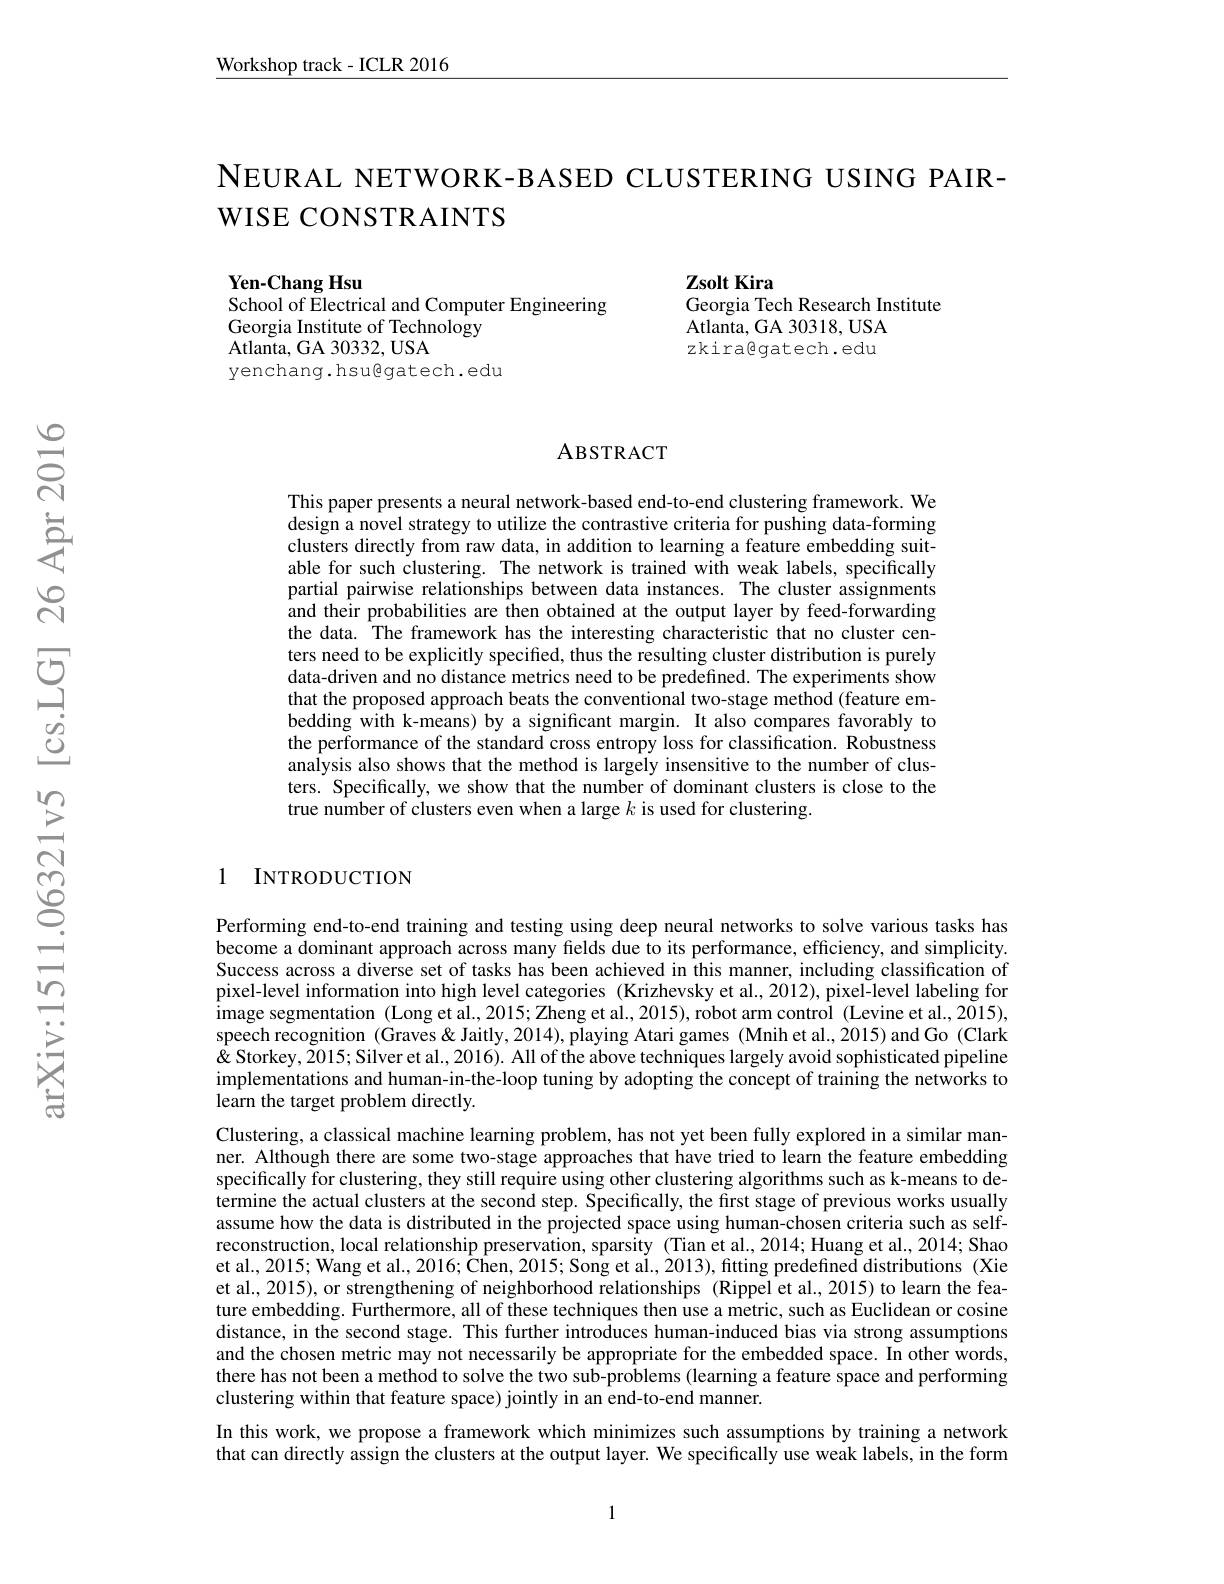
$\underline{\mathrm{Workshop~track-ICLR~2016}}$

NEURAL NETWORK-BASED CLUSTERING USING PAIR-
WISE CONSTRAINTS

Zsolt Kira
Georgia Tech Research Institute
Atlanta, GA 30318, USA zkiragatech.edu

Yen-Chang Hsu
School of Electrical and Computer Engineering
Georgia Institute of Technology
$\bar{\mathrm{Atlanta,~GA~30332,~USA}}$
yenchang. hsu@gatech. edu

# ABSTRACT

This paper presents a neural network-based end-to-end clustering framework. We design a novel strategy to utilize the contrastive criteria for pushing data-forming clusters directly from raw data, in addition to learning a feature embedding suitable for such clustering. The network is trained with weak labels, specifically partial pairwise relationships between data instances. The cluster assignments and their probabilities are then obtained at the output layer by feed-forwarding the data. The framework has the interesting characteristic that no cluster centers need to be explicitly specified, thus the resulting cluster distribution is purely data-driven and no distance metrics need to be predefined. The experiments show that the proposed approach beats the conventional two-stage method (feature embedding with k-means) by a significant margin. It also compares favorably to the performance of the standard cross entropy loss for classification. Robustness analysis also shows that the method is largely insensitive to the number of clusters. Specifically, we show that the number of dominant clusters is close to the true number of clusters even when a large $k$ is used for clustering.

1 INTRODUCTION

Performing end-to-end training and testing using deep neural networks to solve various tasks has become a dominant approach across many fields due to its performance, efficiency, and simplicity. Success across a diverse set of tasks has been achieved in this manner, including classification of pixel-level information into high level categories (Krizhevsky et al., 2012), pixel-level labeling for image segmentation ( Long et al. , 2015; Zheng et al. , 2015) , robot arm control ( Levine et al. , 2015) , speech recognition (Graves& Jaitly, 2014), playing Atari games (Mnih et al., 2015) and Go (Clark $\hat{\text{ <}}$Storkey, Ž015; Silver et al., 2016). All of the above techniques largely avoid sophisticated pipeline implementations and human-in-the-loop tuning by adopting the concept of training the networks to learn the target problem directly.
Clustering, a classical machine learning problem, has not yet been fully explored in a similar manner. Although there are some two-stage approaches that have tried to learn the feature embedding specifically for clustering, they still require using other clustering algorithms such as k-means to determine the actual clusters at the second step. Specifically, the first stage of previous works usually assume how the data is distributed in the projected space using human-chosen criteria such as selfreconstruction, local relationship preservation, sparsity (Tian et al.,2014; Huang et al., 2014; Shao et al., 2015; Wang et al., 2016; Chen, 2015; Song et ai., 2013), fitting predefined distributions (Xie et al., 2015), or strengthening of neighborhood relationships (Rippel et al., 2015) to learn the feature embedding. Furthermore, all of these techniques then use a metric, such as Euclidean or cosine distance, in the second stage. This further introduces human-induced bias via strong assumptions and the chosen metric may not necessarily be appropriate for the embedded space. In other words, there has not been a method to solve the two sub-problems (learning a feature space and performing clustering within that feature space) jointly in an end-to-end manner.
In this work, we propose a framework which minimizes such assumptions by training a network that can directly assign the clusters at the output layer. We specifically use weak labels, in the form

1